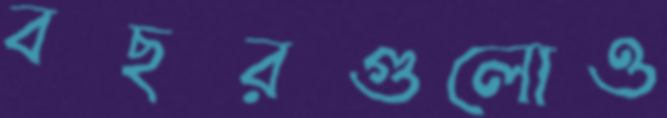
বছরগুলোও